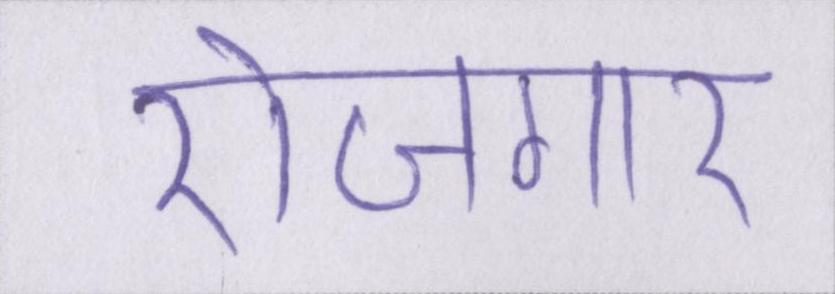
रोजगार